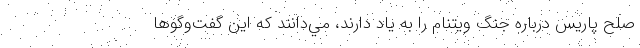
صلح پاريس درباره جنگ ويتنام را به ياد دارند، مي‌دانند كه اين گفت‌وگوها